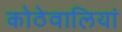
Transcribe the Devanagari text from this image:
कोठेवालियां